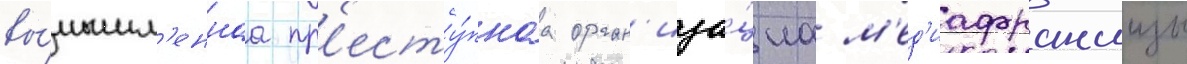
вы́мышл'еннаа пр'есту́пнаа орган'иза́циа м'ед'иафраншизы